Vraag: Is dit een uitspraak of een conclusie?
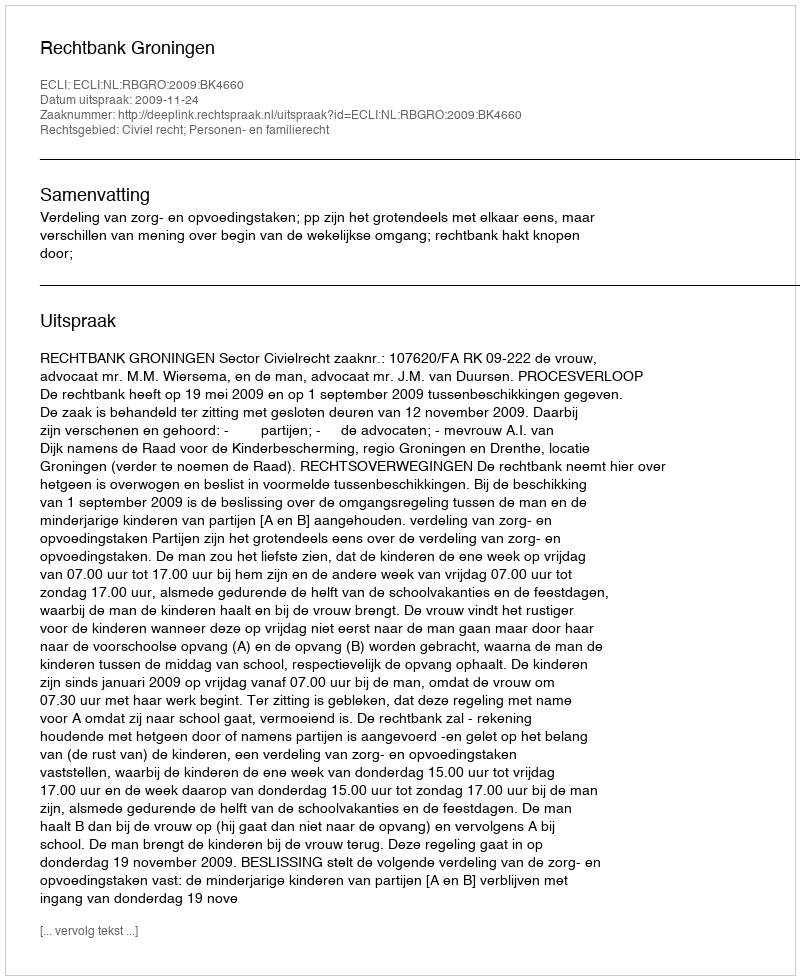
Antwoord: Uitspraak